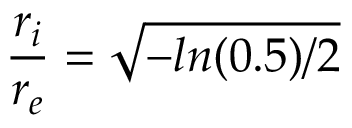
\frac { r _ { i } } { r _ { e } } = \sqrt { - l n ( 0 . 5 ) / 2 }